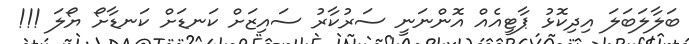
ބަލާލަބަލަ އިދިކޮޅު ޕާޓީއެއް އޮންނަނީ ސަރުކާރު ސައިޒަށް ކަނޑަށް ކަނޑާށޯ ޔޯލަ !!!